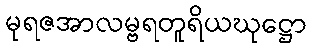
မုရဇအာလမ္ဗရတူရိယဃုဋ္ဌော